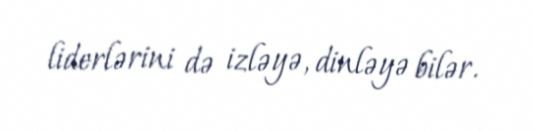
liderlərini də izləyə, dinləyə bilər.